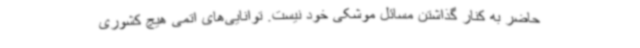
حاضر به کنار گذاشتن مسائل موشکی خود نیست. توانایی‌های اتمی هیچ کشوری